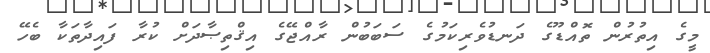
މީގެ އިތުރުން ތޮއްޑޫގެ ދަނޑުވެރިކަމުގެ ސަބަބުން ރާއްޖޭގެ އިޤްތިޞާދަށް ކުރާ ފައިދާތަކާ ބެހޭ